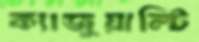
ক্যাজুয়াল্টি